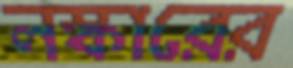
লস্কারের